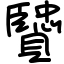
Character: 贒